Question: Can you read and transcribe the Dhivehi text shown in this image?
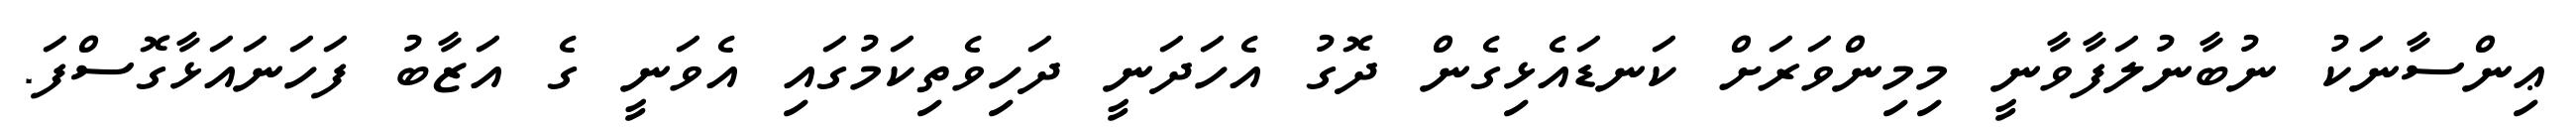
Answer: ޢިންސާނަކު ނުބާނުލަފާވާނީ މިމިންވަރަށް ކަނޑައެޅިގެން ދޮގު އެހަދަނީ ދަހިވެތިކަމުގައި އެވަނީ ގެ އަޒާބު ފަހަނައަޅާގޮސްފަ.